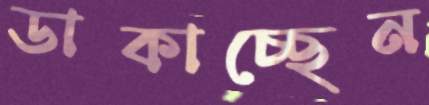
ডাকাচ্ছেন